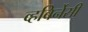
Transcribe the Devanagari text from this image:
व्हबिर्नेसी